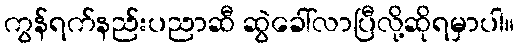
ကွန်ရက်နည်းပညာဆီ ဆွဲခေါ်လာပြီလို့ဆိုရမှာပါ။